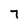
Character: 7